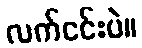
လက်ငင်းပဲ။